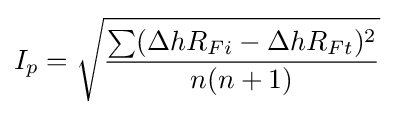
I_{p}={\sqrt {\frac {\sum (\Delta hR_{Fi}-\Delta hR_{Ft})^{2}}{n(n+1)}}}